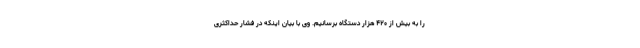
را به بیش از ۴۲۰ هزار دستگاه برسانیم. وی با بیان اینکه در فشار حداکثری